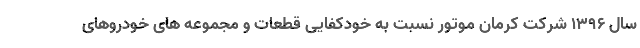
سال ۱۳۹۶ شرکت کرمان موتور نسبت به خودکفایی قطعات و مجموعه های خودروهای